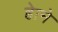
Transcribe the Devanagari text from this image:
हेाने